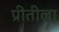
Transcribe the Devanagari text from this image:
प्रीतीला